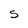
Character: S